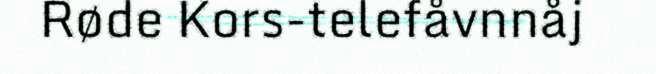
Røde Kors-telefåvnnåj